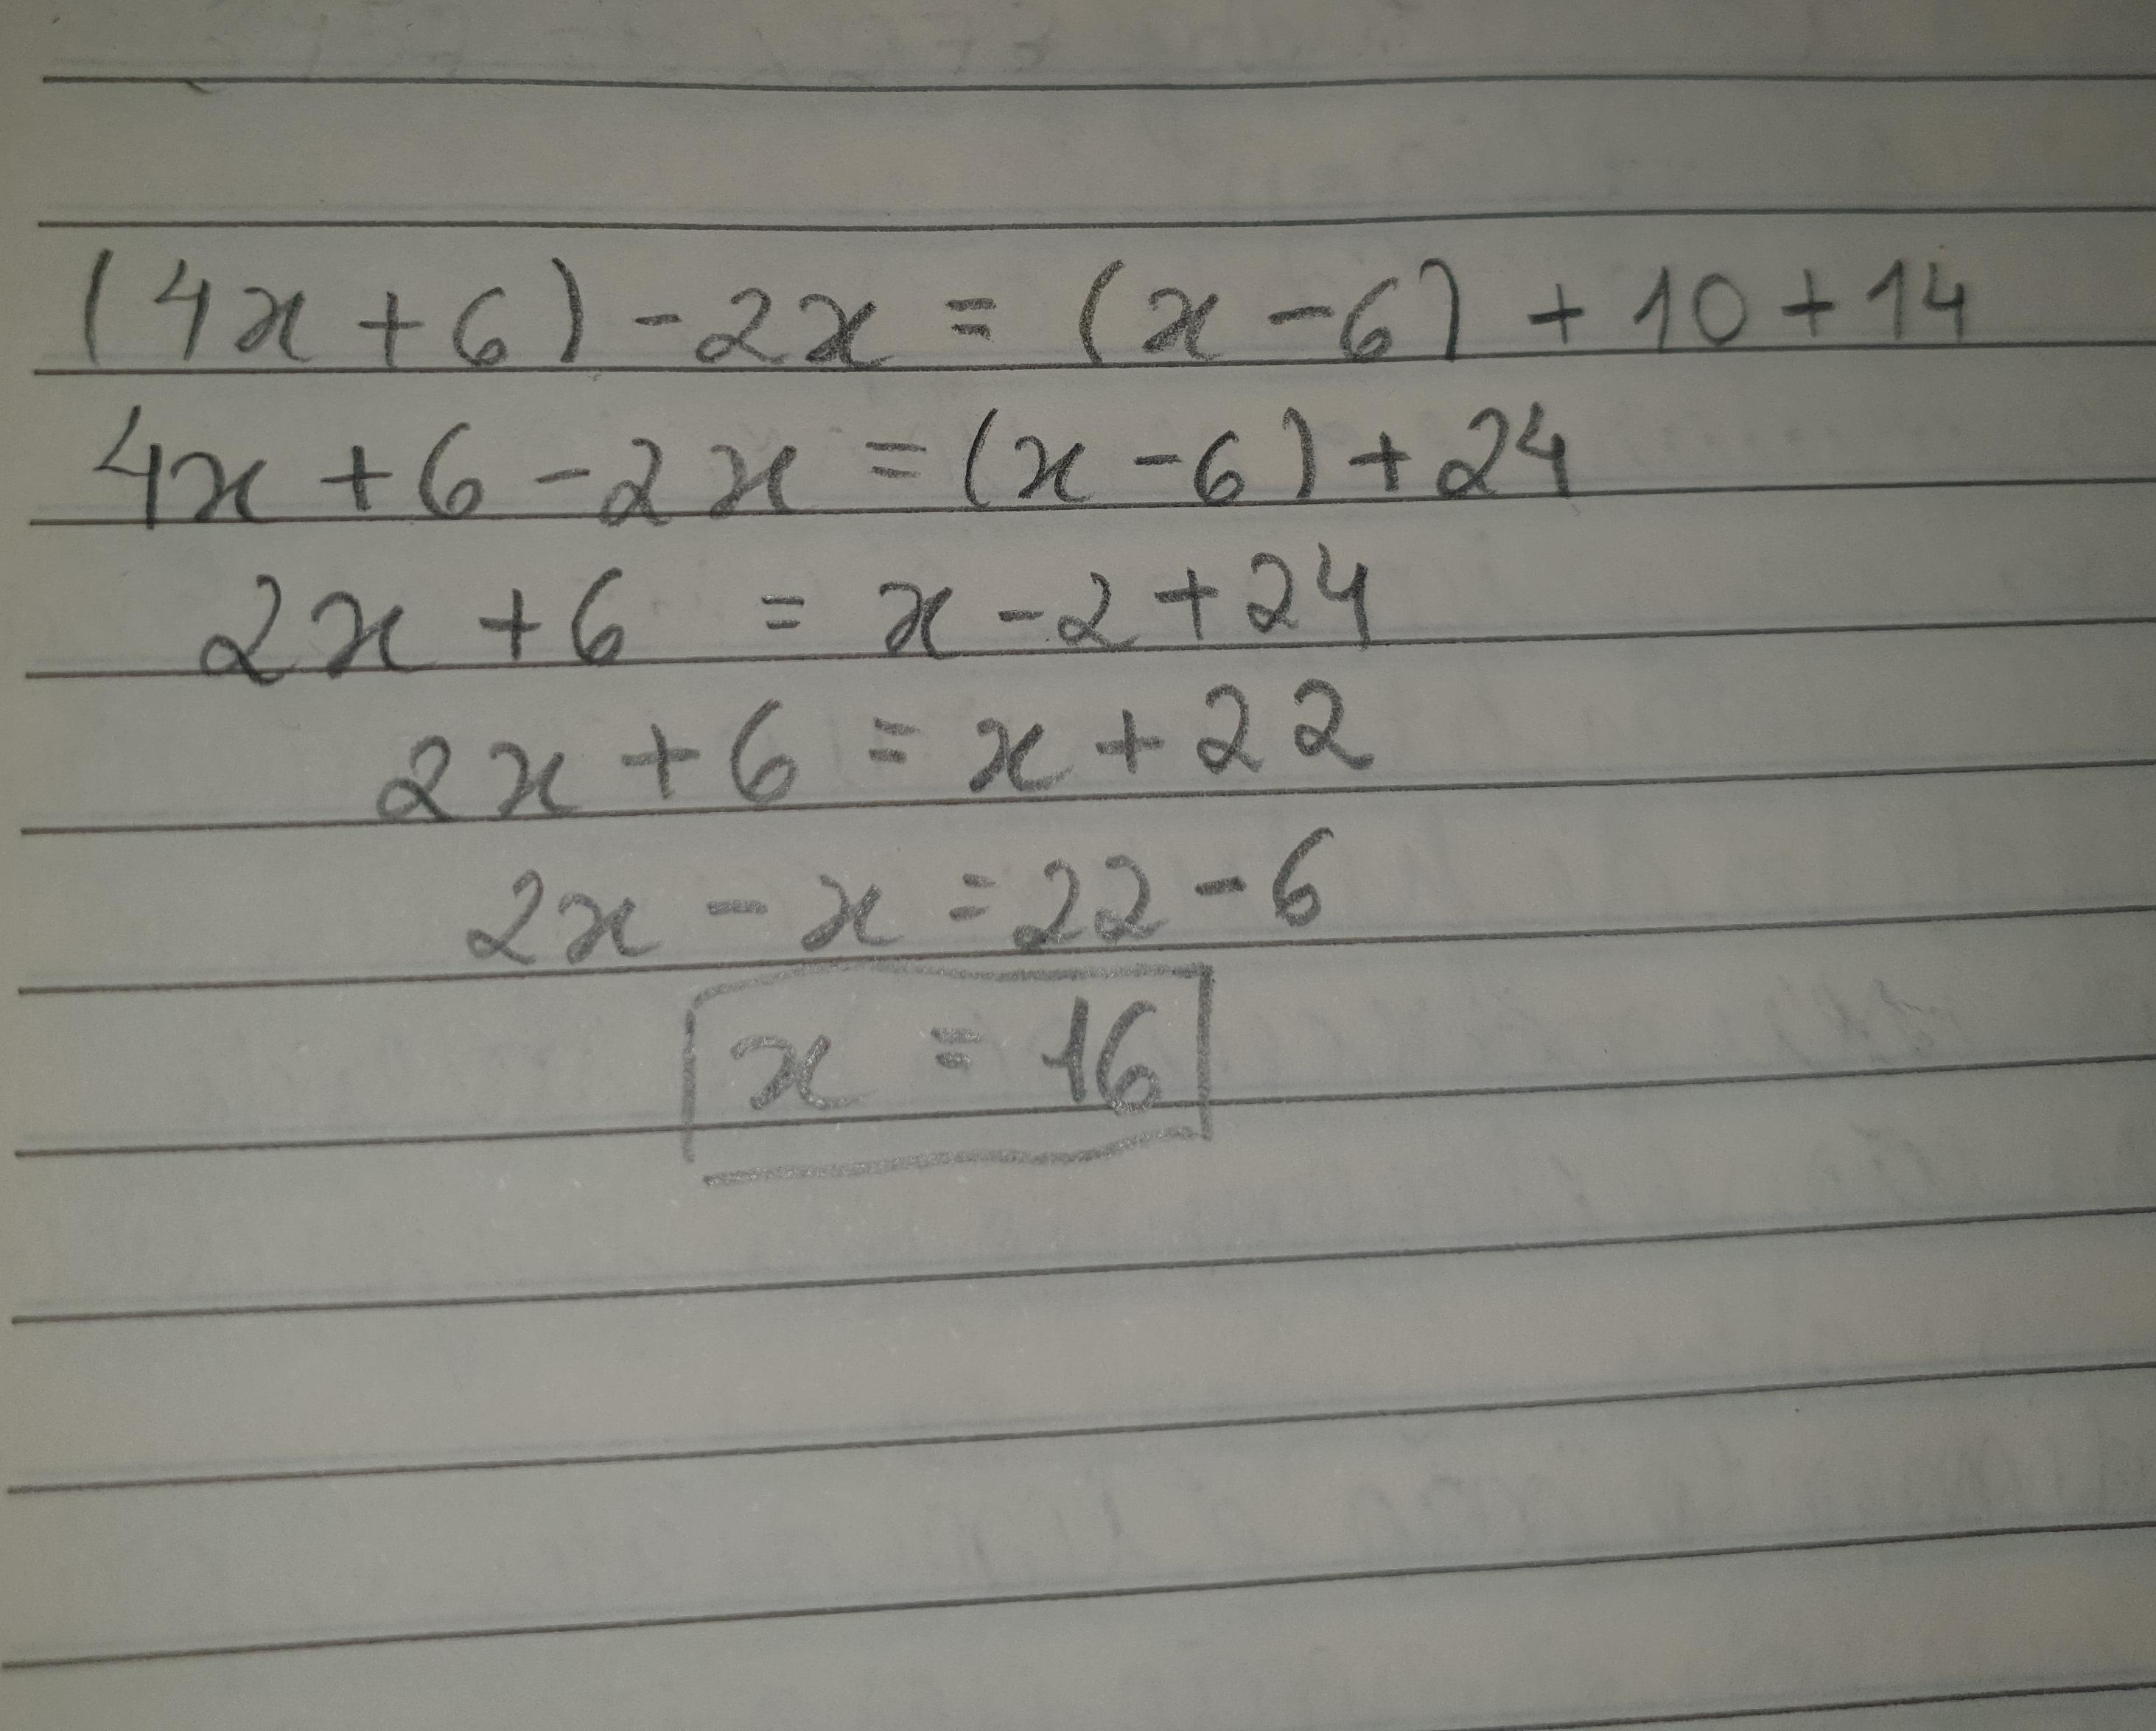
\[
\begin{align*}
(4x + 6)-2x&=(x - 6)+10 + 14\\
4x+6 - 2x&=(x - 6)+24\\
2x + 6&=x-6 + 24\\
2x + 6&=x + 22\\
2x-x&=22 - 6\\
x&=16
\end{align*}
\]